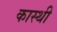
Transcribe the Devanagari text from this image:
कास्थी